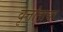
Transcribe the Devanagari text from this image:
वृत्तांताचा